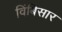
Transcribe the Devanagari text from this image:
विंबिसार